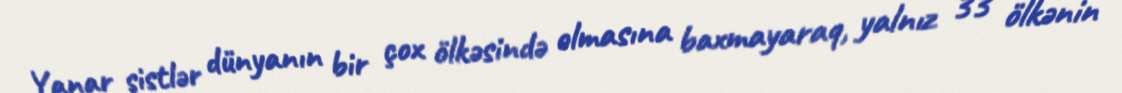
Yanar şistlər dünyanın bir çox ölkəsində olmasına baxmayaraq, yalnız 33 ölkənin